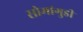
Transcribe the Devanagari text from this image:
सोमांगुडी